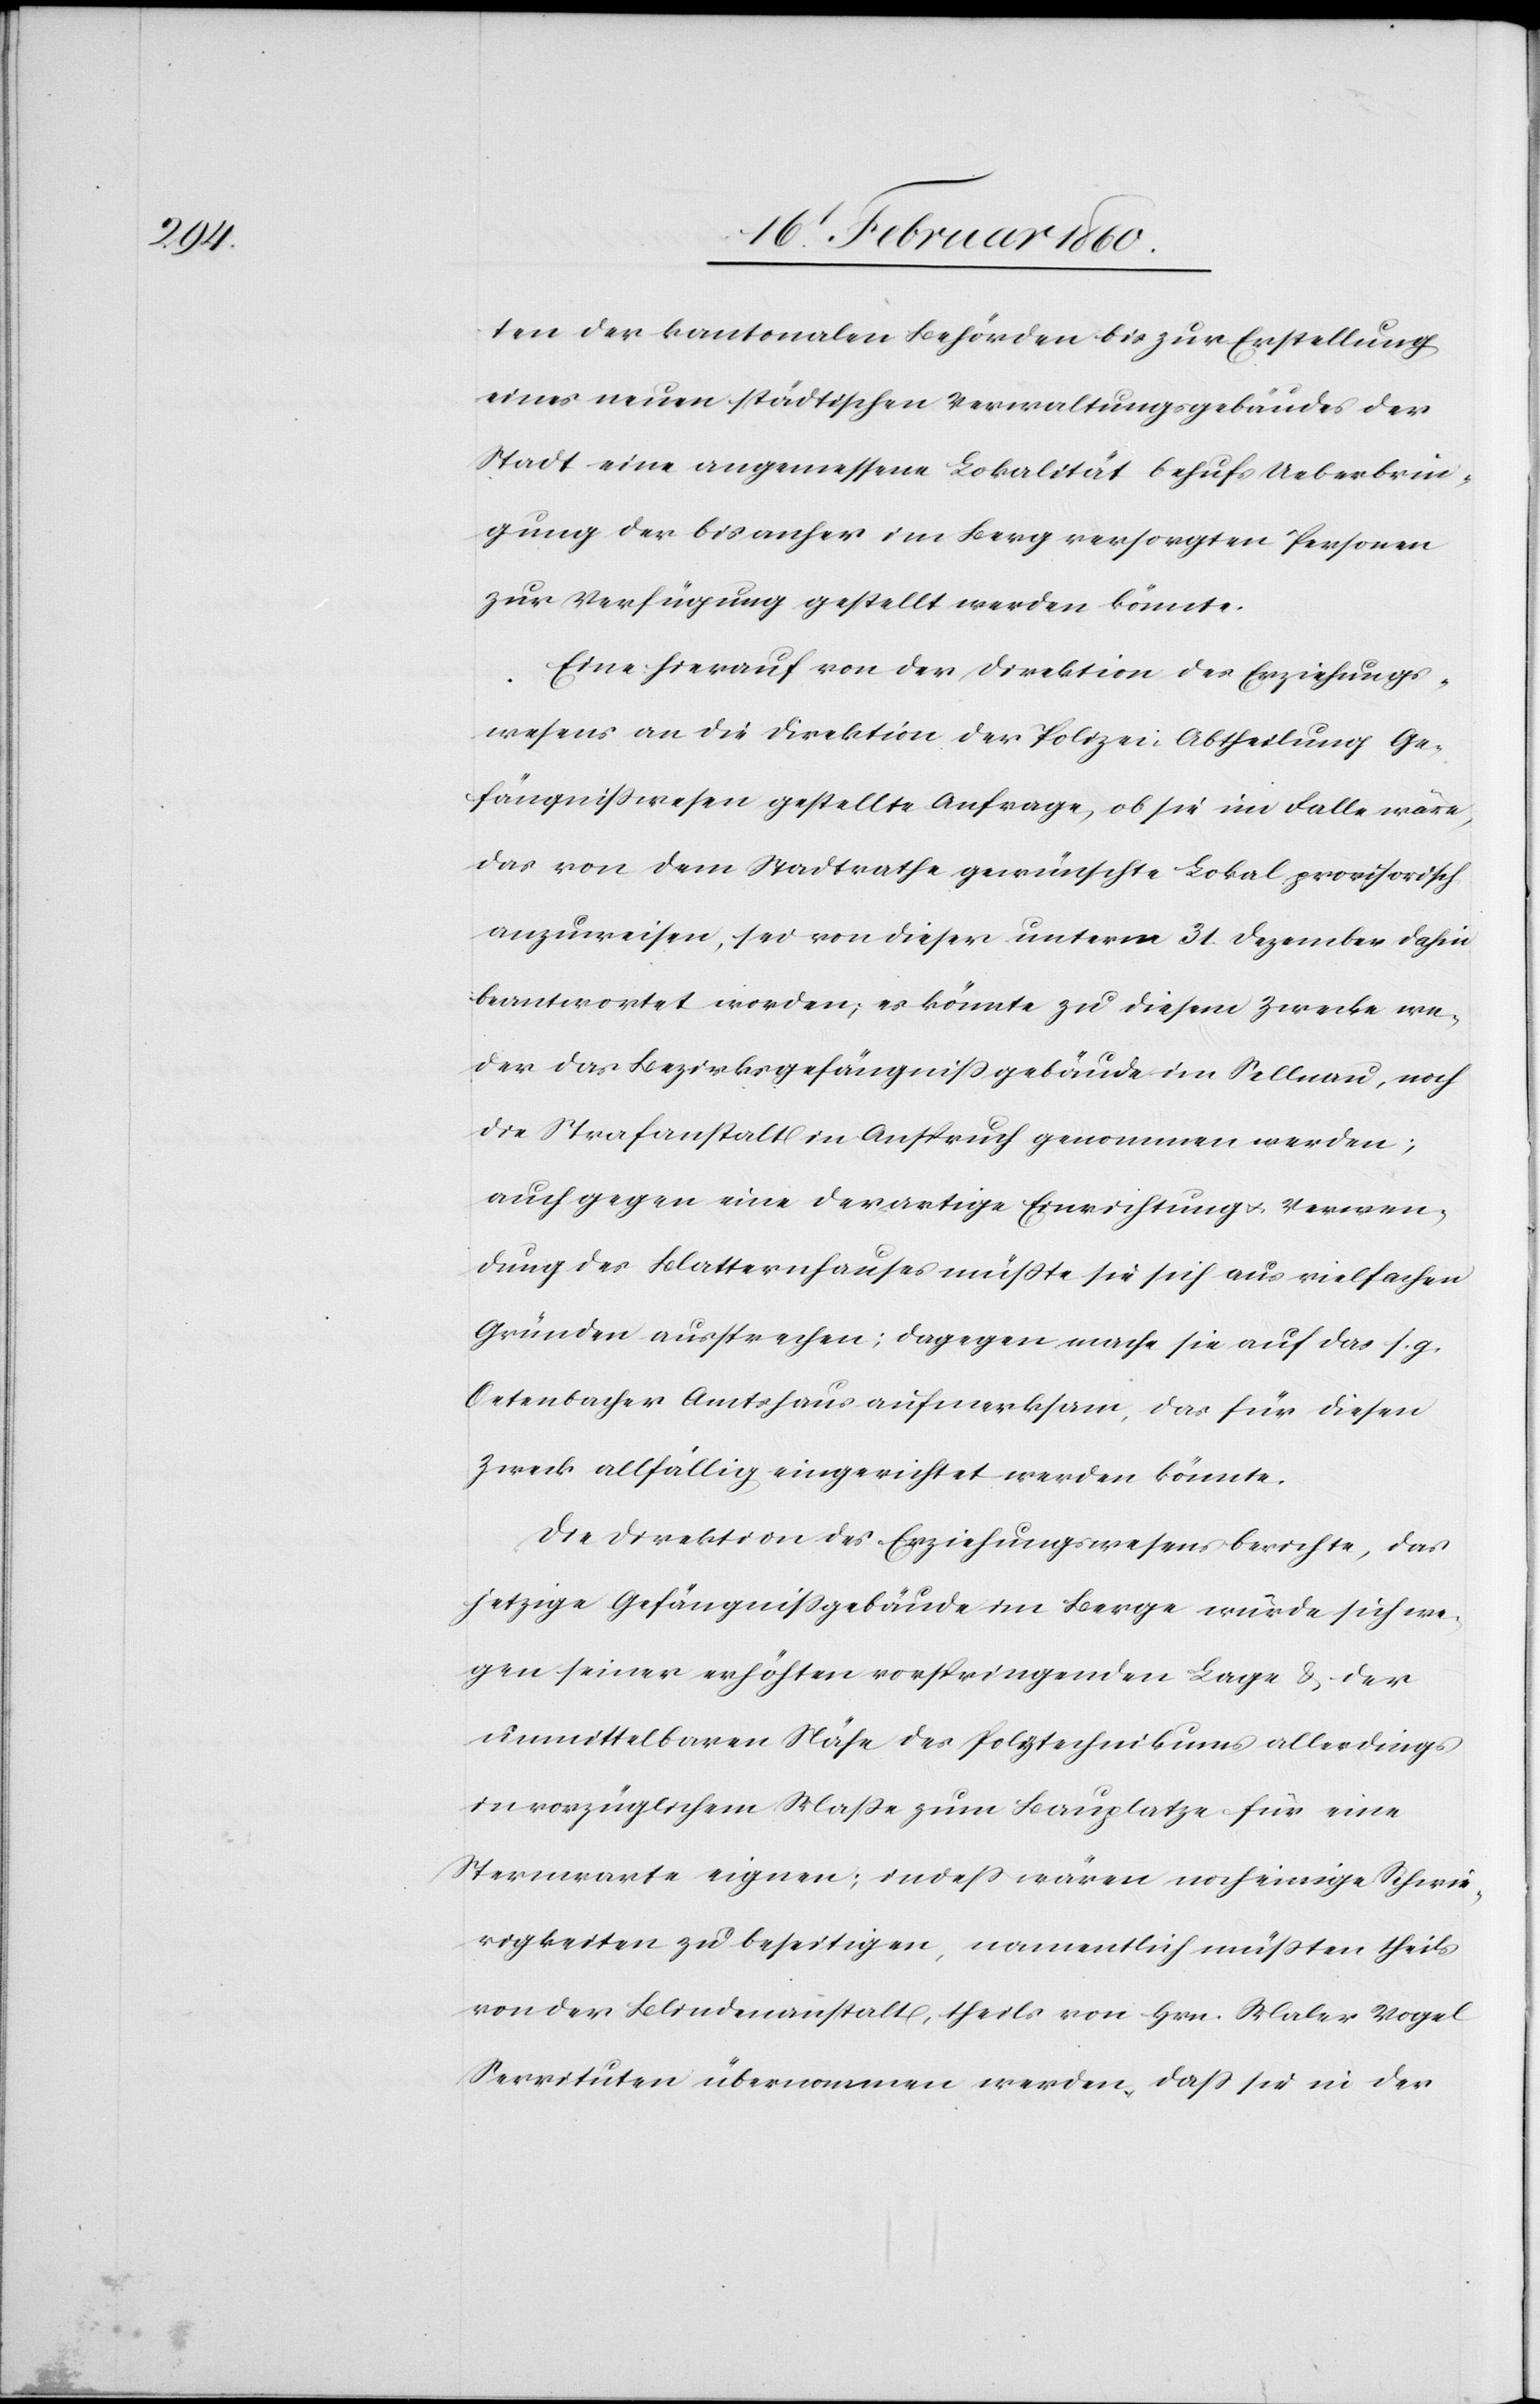
ten der kantonalen Behörden bis zur Erstellung
eines neuen städtischen Verwaltungsgebäudes der
Stadt eine angemessene Lokalität behufs Ueberbrin¬
gung der bis anher im Berg versorgten Personen
zur Verfügung gestellt werden könnte,
Eine hierauf von der Direktion des Erziehungs¬
wesens an die Direktion der Polizei Abtheilung Ge¬
fängnisswesen gestellte Anfrage, ob sie im Falle wäre,
das von dem Stadtrathe gewünschte Lokal provisorisch
anzuweisen, sei von dieser unterm 31. Dezember dahin
beantwortet worden, es könnte zu diesem Zwecke we¬
der das Bezirksgefängissgebäude im Sellnau, noch
die Strafanstalt in Anspruch genommen werden,
auch gegen eine derartige Einrichtung u. Verwen¬
dung des Blatternhauses müsste sie sich aus vielfachen
Gründen aussprechen; dagegen mache sie auf das s. g.
Oetenbacher Amtshaus aufmerksam, das für diesen
Zweck allfällig eingerichtet werden könnte.
Die Direktion des Erziehungswesens berichte, das
jetzige Gefängnissgebäude im Berge würde sich we¬
gen seiner erhöhten vorspringenden Lage u. der
unmittelbaren Nähe des Polytechnikums allerdings
in vorzüglichem Masse zum Bauplatze für eine
Sternwarte eignen; indess wären noch einige Schwie¬
rigkeiten zu beseitigen, namentlich müssten theils
von der Blindenanstalt, theils von Hrn. Maler Vogel
Servituten übernommen werden, dass sie in der